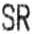
SR